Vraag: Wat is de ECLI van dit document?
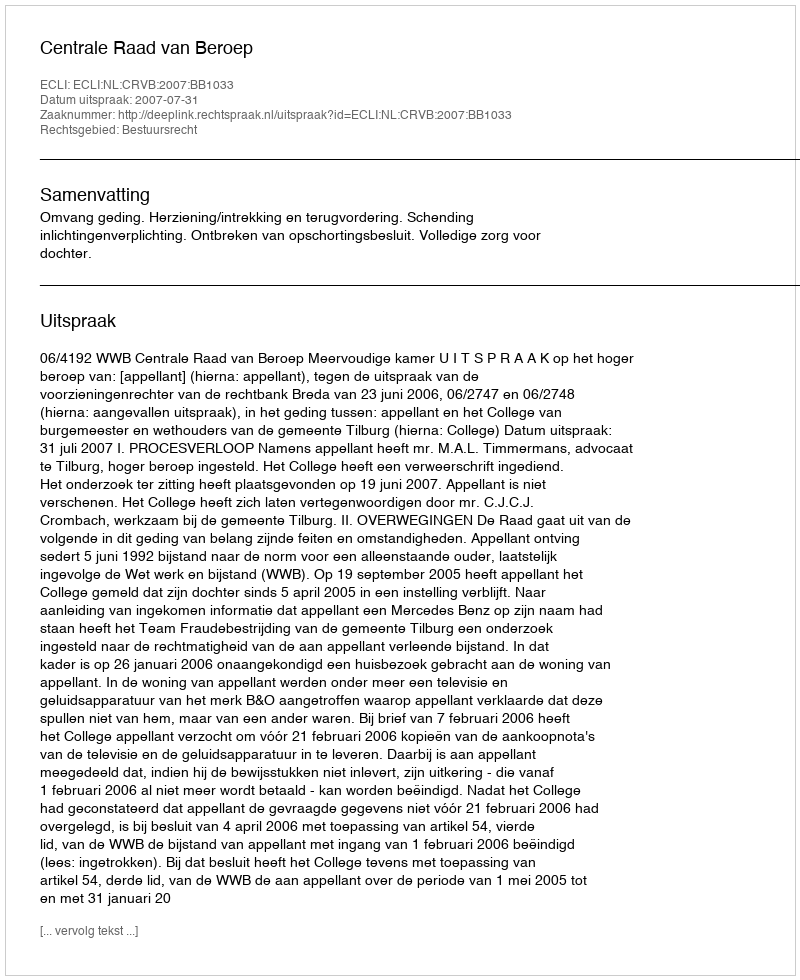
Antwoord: ECLI:NL:CRVB:2007:BB1033